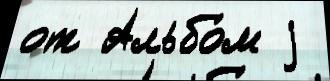
от Альбо́м j